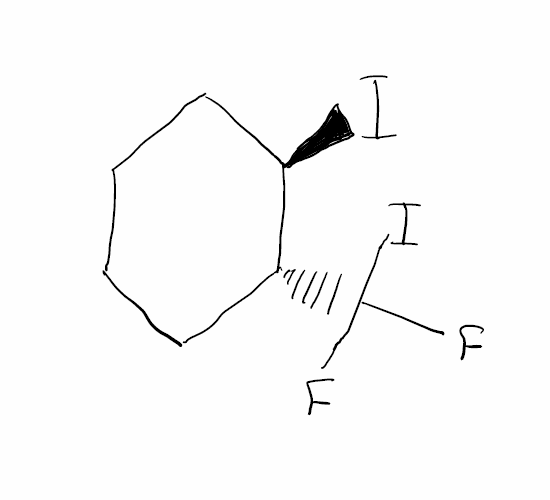
Simplified molecular-input line-entry system (SMILES) notation of the given molecule:
C1CC[C@H]([C@@H](C1)C(F)(F)I)I